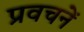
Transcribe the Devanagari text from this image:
प्रवचनें